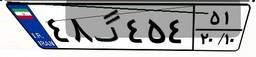
۴۸گ۴۵۴۵۱